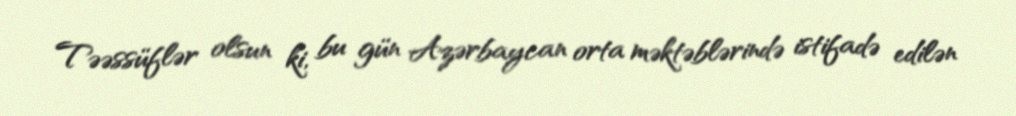
Təəssüflər olsun ki, bu gün Azərbaycan orta məktəblərində istifadə edilən